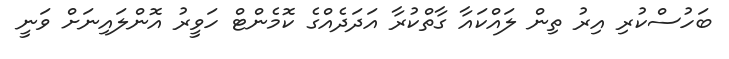
ބަހުސްކުރި އިރު ތިން ލައްކައާ ގާތްކުރާ އަދަދެއްގެ ކޮމެންޓް ހަވީރު އޮންލައިނަށް ވަނީ